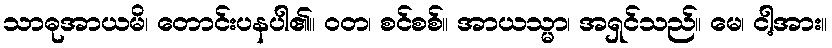
သာဓုအာယမိ၊ တောင်းပနပါ၏။ ဝတ၊ စင်စစ်။ အာယသ္မာ၊ အရှင်သည်။ မေ၊ ငါ့အား။